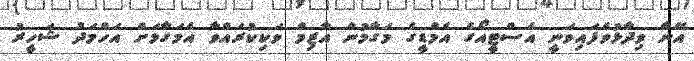
އޭނާ ވިދާޅުވެފައިވަނީ އެސްޓީއޯގެ އެމްޑީގެ މަގާމުން އާޒިމް ވަކިކުރައްވާ އެމަގާމަށް އަހްމަދު ޝަހީރު